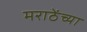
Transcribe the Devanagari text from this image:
मराठेंच्या